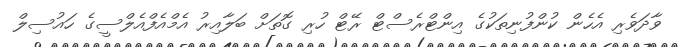
ވާދަވެރި އެހެން ކުންފުނިތަކުގެ އިންޓްރެސްޓް ރޭޓް ހުރި ގޮތަށް ބަލާއިރު އެމްއެފްއެލްސީގެ ހައުސިލް